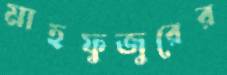
মাহফুজুরের